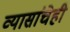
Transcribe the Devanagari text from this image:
व्यासांचेही